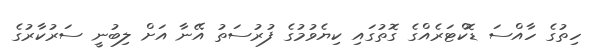
ހިތުގެ ހާއްސަ ޑޮކްޓަރެއްގެ ގޮތުގައި ކިޔެވުމުގެ ފުރުސަތު އޭނާ އަށް ލިބުނީ ސަރުކާރުގެ